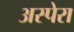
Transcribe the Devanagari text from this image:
अस्पेरा